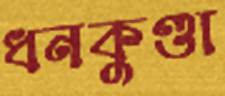
ধনকুণ্ডা